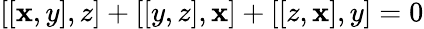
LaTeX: [[\mathbf{x},y],z]+[[y,z],\mathbf{x}]+[[z,\mathbf{x}],y]=0